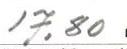
17,80